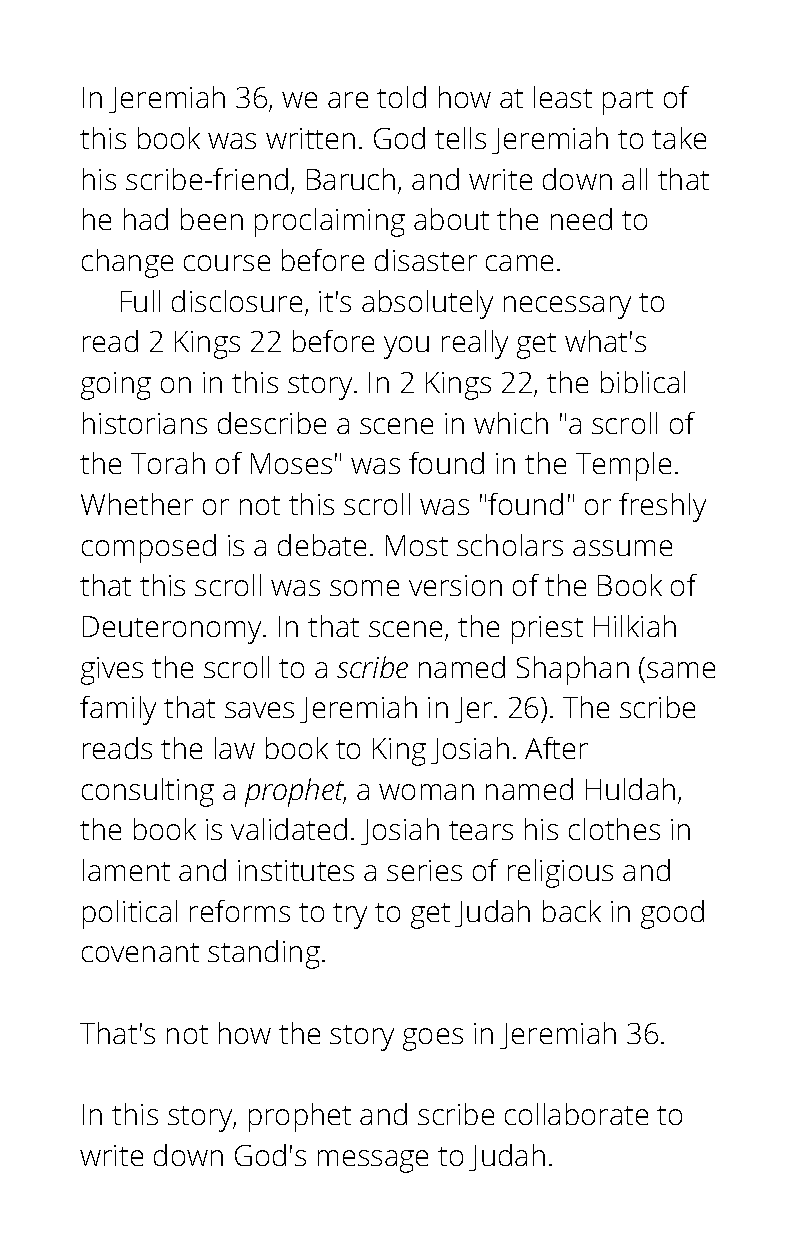
In Jeremiah 36, we are told how at least part of
 this book was written. God tells Jeremiah to take
 his scribe-friend, Baruch, and write down all that
 he had been proclaiming about the need to
 change course before disaster came.
 Full disclosure, it's absolutely necessary to
 read 2 Kings 22 before you really get what's
 going on in this story. In 2 Kings 22, the biblical
 historians describe a scene in which "a scroll of
 the Torah of Moses" was found in the Temple.
 Whether or not this scroll was "found" or freshly
 composed  is a debate. Most scholars assume
 that this scroll was some version of the Book of
 Deuteronomy. In that scene, the priest Hilkiah
 gives the scroll to a scribe named Shaphan (same
 family that saves Jeremiah in Jer. 26). The scribe
 reads the law book to King Josiah. After
 consulting a prophet, a woman named Huldah,
 the book is validated. Josiah tears his clothes in
 lament and institutes a series of religious and
 political reforms to try to get Judah back in good
 covenant standing.
 That's not how the story goes in Jeremiah 36.
 In this story, prophet and scribe collaborate to
 write down God's message to Judah.